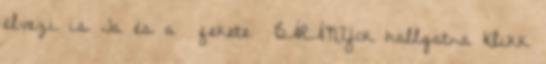
élvezi is Ja és a fekete BÁRÁNYok hallgatna Klikk